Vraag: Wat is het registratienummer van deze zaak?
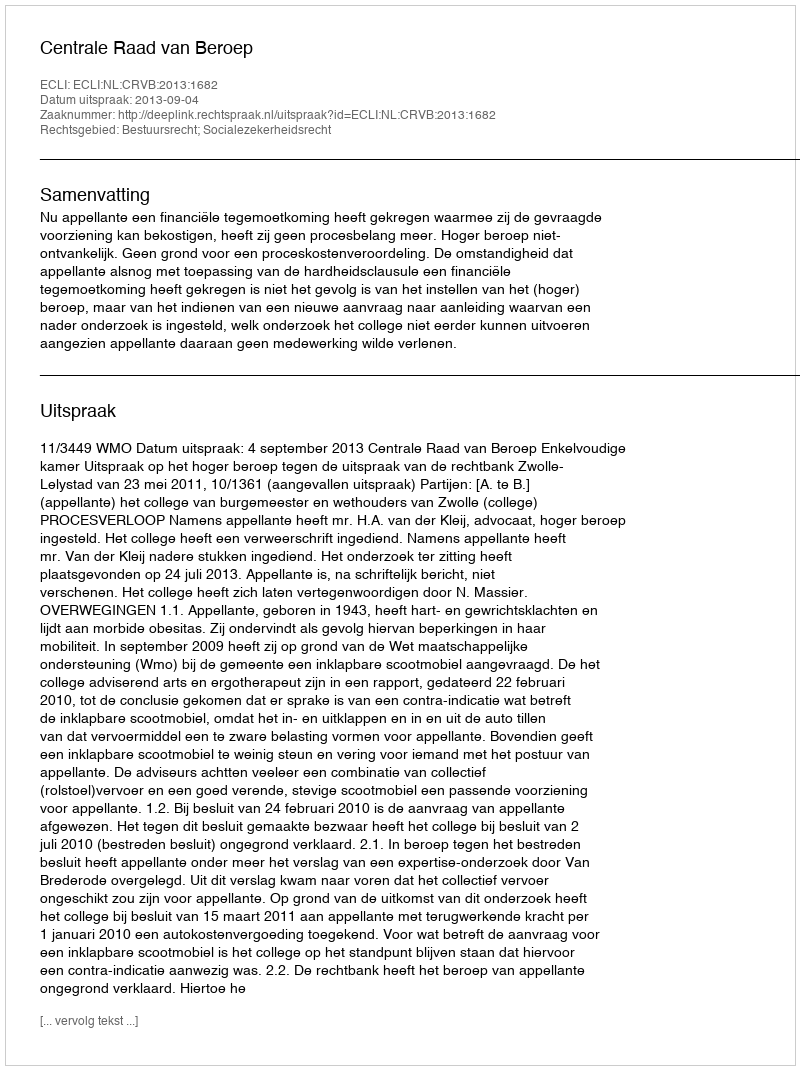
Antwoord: http://deeplink.rechtspraak.nl/uitspraak?id=ECLI:NL:CRVB:2013:1682